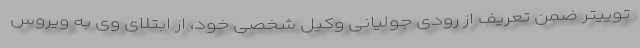
توییتر ضمن تعریف از رودی جولیانی وکیل شخصی خود، از ابتلای وی به ویروس